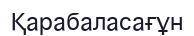
Қарабаласағұн